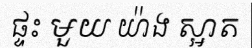
ផ្ទះ មួយ យ៉ាង ស្អាត